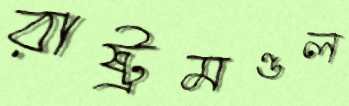
রাষ্ট্রমণ্ডল